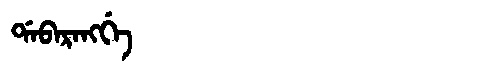
Manchu: ᡩᠠᠪᠠᡵᠠᠩᡤᡝ
Romanization: DABARANGGE